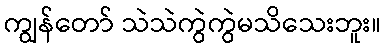
ကျွန်တော် သဲသဲကွဲကွဲမသိသေးဘူး။